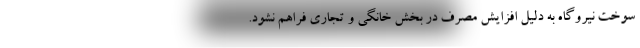
سوخت نیروگاه به دلیل افزایش مصرف در بخش خانگی و تجاری فراهم نشود.